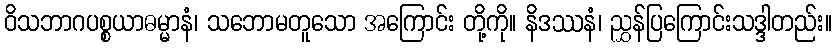
ဝိသဘာဂပစ္စယာဓမ္မာနံ၊ သဘောမတူသော အကြောင်း တို့ကို။ နိဒဿနံ၊ ညွှန်ပြကြောင်းသဒ္ဒါတည်း။